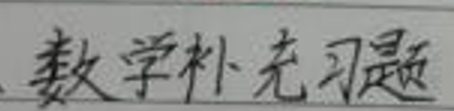
数学补充习题